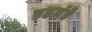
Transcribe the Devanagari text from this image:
ब्रहमंडे